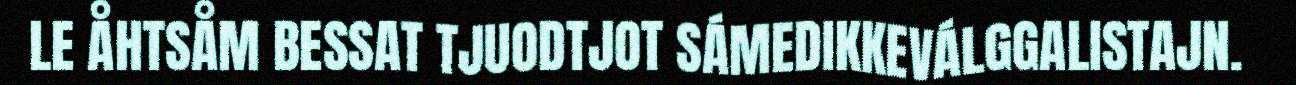
LE ÅHTSÅM BESSAT TJUODTJOT SÁMEDIKKEVÁLGGALISTAJN.